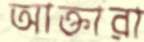
আক্তারা